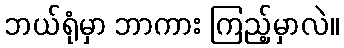
ဘယ်ရုံမှာ ဘာကား ကြည့်မှာလဲ။